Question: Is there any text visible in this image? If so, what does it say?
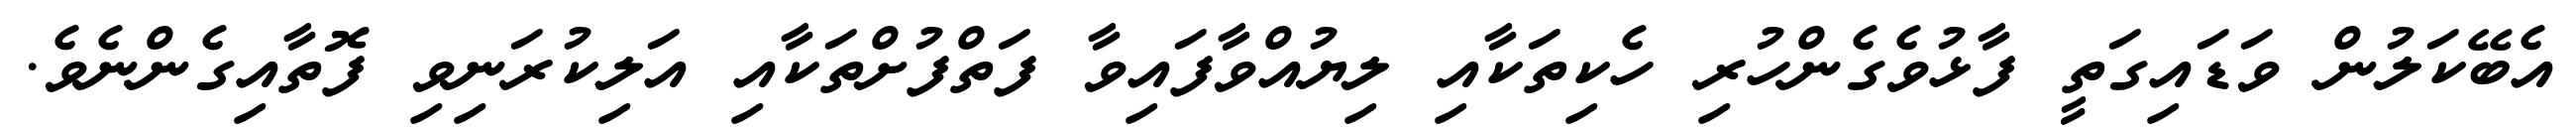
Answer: އެބޭކަލުން ވަޑައިގަތީ ފާޅުވެގެންހުރި ހެކިތަކާއި ލިޔުއްވާފައިވާ ފަތްފުށްތަކާއި އަލިކުރަނިވި ފޮތާއިގެންނެވެ.